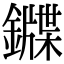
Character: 䥡